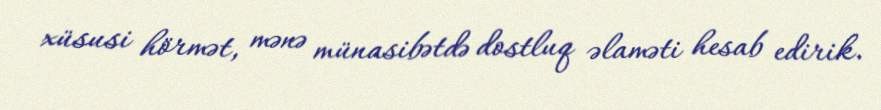
xüsusi hörmət, mənə münasibətdə dostluq əlaməti hesab edirik.